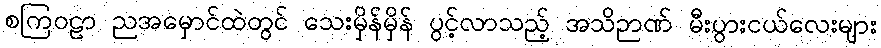
စကြဝဠာ ညအမှောင်ထဲတွင် သေးမှိန်မှိန် ပွင့်လာသည့် အသိဉာဏ် မီးပွားငယ်လေးများ